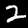
Label: 2